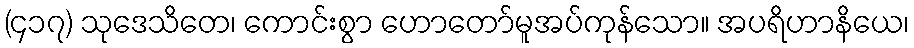
(၄၁၇) သုဒေသိတေ၊ ကောင်းစွာ ဟောတော်မူအပ်ကုန်သော။ အပရိဟာနိယေ၊